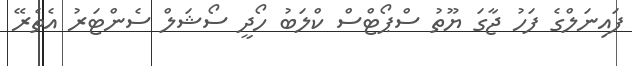
ފައިނަލްގެ ފަހު ޖާގަ ޔޫތު ސްޕޯޓްސް ކްލަބު ހޯދީ ސޯޝަލް ސެންޓަރު އެތެރޭ